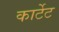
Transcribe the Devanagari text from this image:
कार्टेट